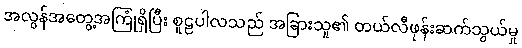
အလွန်အတွေ့အကြုံရှိပြီး စူဠပါလသည် အခြားသူ၏ တယ်လီဖုန်းဆက်သွယ်မှု